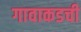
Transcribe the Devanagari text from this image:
गावाकडची